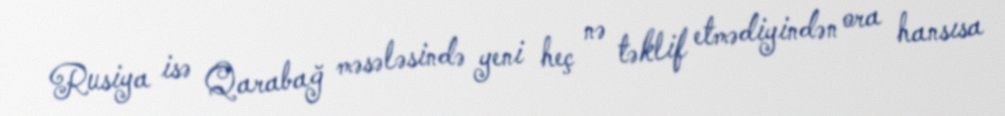
Rusiya isə Qarabağ məsələsində yeni heç nə təklif etmədiyindən ora hansısa